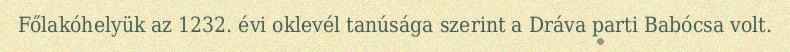
Főlakóhelyük az 1232. évi oklevél tanúsága szerint a Dráva parti Babócsa volt.